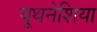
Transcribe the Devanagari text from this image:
यूथनेशिया